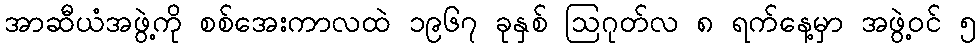
အာဆီယံအဖွဲ့ကို စစ်အေးကာလထဲ ၁၉၆၇ ခုနှစ် ဩဂုတ်လ ၈ ရက်နေ့မှာ အဖွဲ့ဝင် ၅